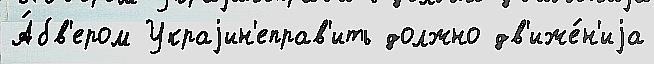
А́бв'ером Украjин'еправ'ить должно дв'иже́н'иjа